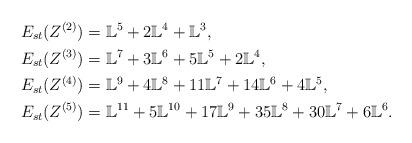
LaTeX: \begin{align*}E_{st}(Z^{(2)}) &= \mathbb L^5+2\mathbb L^4+\mathbb L^3, \\E_{st}(Z^{(3)}) &= \mathbb L^7+3\mathbb L^6+5\mathbb L^5+2\mathbb L^4, \\E_{st}(Z^{(4)}) &= \mathbb L^9+4\mathbb L^8+11\mathbb L^7+14\mathbb L^6+4\mathbb L^5, \\E_{st}(Z^{(5)}) &= \mathbb L^{11}+5\mathbb L^{10}+17\mathbb L^9+35\mathbb L^8+30\mathbb L^7+6\mathbb L^6.\end{align*}